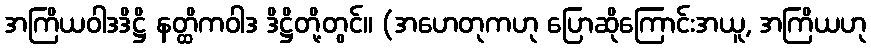
အကြိယဝါဒဒိဋ္ဌိ နတ္ထိကဝါဒ ဒိဋ္ဌိတို့တွင်။ (အဟေတုကဟု ပြောဆိုကြောင်းအယူ, အကြိယဟု